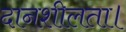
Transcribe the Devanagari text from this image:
दानशीलता।